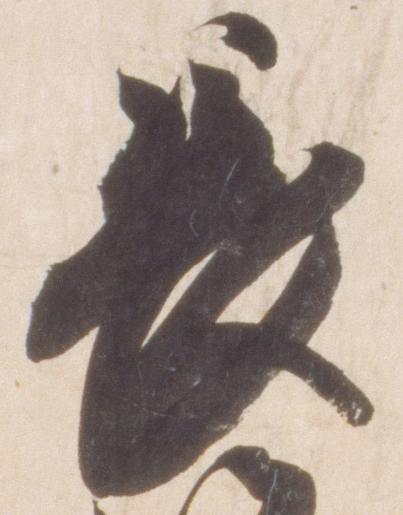
長